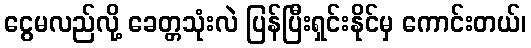
ငွေမလည်လို့ ခေတ္တသုံးလဲ ပြန်ပြီးရှင်းနိုင်မှ ကောင်းတယ်၊